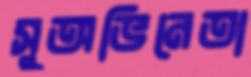
সুঅভিনেতা